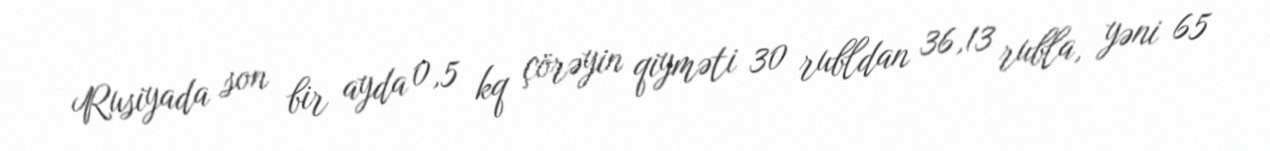
Rusiyada son bir ayda 0,5 kq çörəyin qiyməti 30 rubldan 36,13 rubla, yəni 65